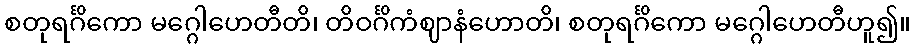
စတုရင်္ဂိကော မဂ္ဂေါဟေတီတိ၊ တိဝင်္ဂိကံဈာနံဟောတိ၊ စတုရင်္ဂိကော မဂ္ဂေါဟေတီဟူ၍။